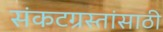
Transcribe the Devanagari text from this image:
संकटग्रस्तांसाठी